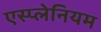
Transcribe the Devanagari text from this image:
एस्प्लेनियम